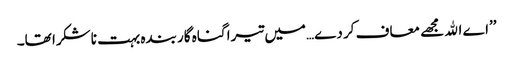
’’اے اﷲ مجھے معاف کر دے…میں تیرا گناہ گار بندہ بہت ناشکرا تھا۔